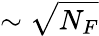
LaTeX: \sim\sqrt{N_{F}}